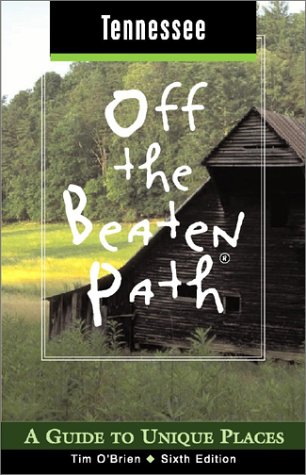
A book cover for Tennessee Off the Beaten Path, 6th: A Guide to Unique Places (Off the Beaten Path Series); Tim O'Brien; Travel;